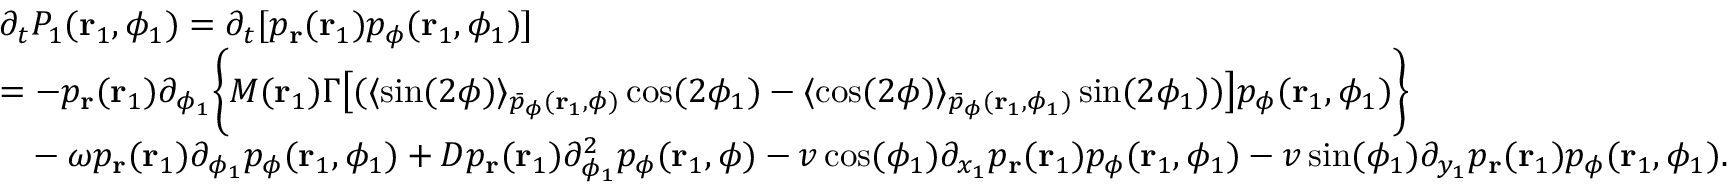
\begin{array} { r l } & { \partial _ { t } P _ { 1 } ( \mathbf { r } _ { 1 } , \phi _ { 1 } ) = \partial _ { t } [ p _ { \mathbf { r } } ( \mathbf { r } _ { 1 } ) p _ { \phi } ( \mathbf { r } _ { 1 } , \phi _ { 1 } ) ] } \\ & { = - p _ { \mathbf { r } } ( \mathbf { r } _ { 1 } ) \partial _ { \phi _ { 1 } } \bigg \{ M ( \mathbf { r } _ { 1 } ) \Gamma \big [ ( \langle \sin ( 2 \phi ) \rangle _ { \bar { p } _ { \phi } ( \mathbf { r } _ { 1 } , \phi ) } \cos ( 2 \phi _ { 1 } ) - \langle \cos ( 2 \phi ) \rangle _ { \bar { p } _ { \phi } ( \mathbf { r } _ { 1 } , \phi _ { 1 } ) } \sin ( 2 \phi _ { 1 } ) ) \big ] p _ { \phi } ( \mathbf { r } _ { 1 } , \phi _ { 1 } ) \bigg \} } \\ & { \phantom { = } - \omega p _ { \mathbf { r } } ( \mathbf { r } _ { 1 } ) \partial _ { \phi _ { 1 } } p _ { \phi } ( \mathbf { r } _ { 1 } , \phi _ { 1 } ) + D p _ { \mathbf { r } } ( \mathbf { r } _ { 1 } ) \partial _ { \phi _ { 1 } } ^ { 2 } p _ { \phi } ( \mathbf { r } _ { 1 } , \phi ) - v \cos ( \phi _ { 1 } ) \partial _ { x _ { 1 } } p _ { \mathbf { r } } ( \mathbf { r } _ { 1 } ) p _ { \phi } ( \mathbf { r } _ { 1 } , \phi _ { 1 } ) - v \sin ( \phi _ { 1 } ) \partial _ { y _ { 1 } } p _ { \mathbf { r } } ( \mathbf { r } _ { 1 } ) p _ { \phi } ( \mathbf { r } _ { 1 } , \phi _ { 1 } ) . } \end{array}